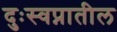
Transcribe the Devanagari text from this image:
दुःस्वप्नातील